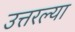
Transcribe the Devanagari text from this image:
उत्तरल्या